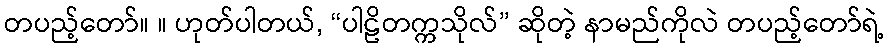
တပည့်တော်။ ။ ဟုတ်ပါတယ်, “ပါဠိတက္ကသိုလ်” ဆိုတဲ့ နာမည်ကိုလဲ တပည့်တော်ရဲ့